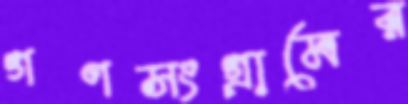
গণসংগ্রামের